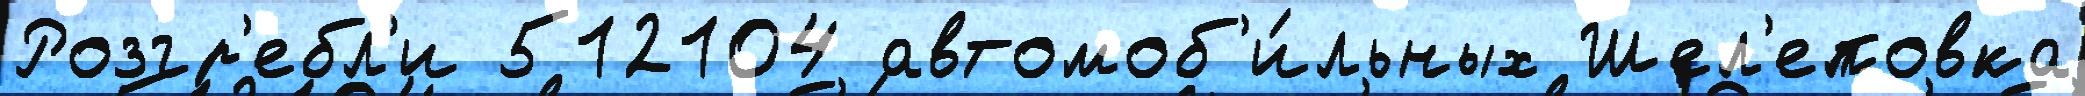
Розгр'ебл'и 512104 автомоб'и́льных Шел'еповка